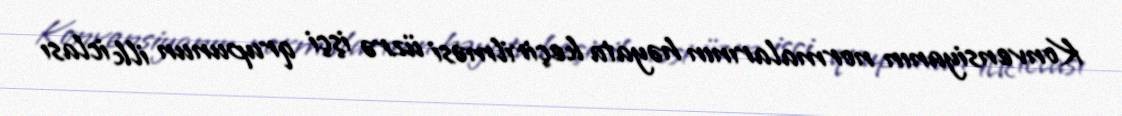
Konvensiyanın normalarının həyata keçirilməsi üzrə işçi qrupunun ilk iclası